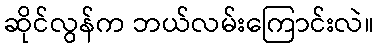
ဆိုင်လွန်က ဘယ်လမ်းကြောင်းလဲ။